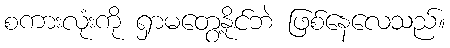
စကားလုံးကို ရှာမတွေ့နိုင်ဘဲ ဖြစ်နေလေသည်။